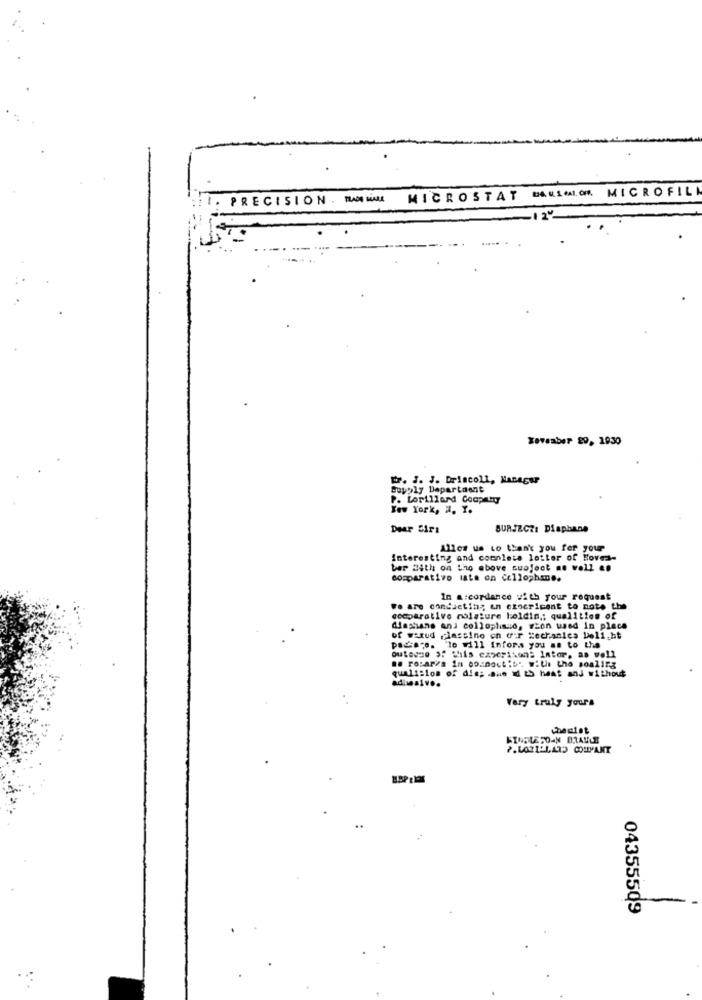
BAULMICH MICROFIL
I. PRECISION . TAD MALA
MICROSTAT
Toveaber 29, 1930
P. J. J. Driscoll, Hanagur
Supply Department
P. Lorillard Coop Ty
Tew York, N. Y.
Dear Sirı
BURJECZ: Diaphane
Alles us to then't you fer your
Interesting and complete lotter of Hoves-
ber 24th on the above suofoot as well en
comparativo iata on cellophane.
In a:cordance with your request
we are conductin; in czocricent to note the
comparative moisture boldin ,; qualities of
diashans and colloplinio, szon used in place
of warud ,lassino on our Mechanics Delight
pagare. To will Infora you as to the
outesse of this experisons Intor, as well
me rosaria in co-Doct:6' with the soaling
qualislos of dis; she d &S heat and without
adimsivo.
Very truly yours
chemist
..
04355509